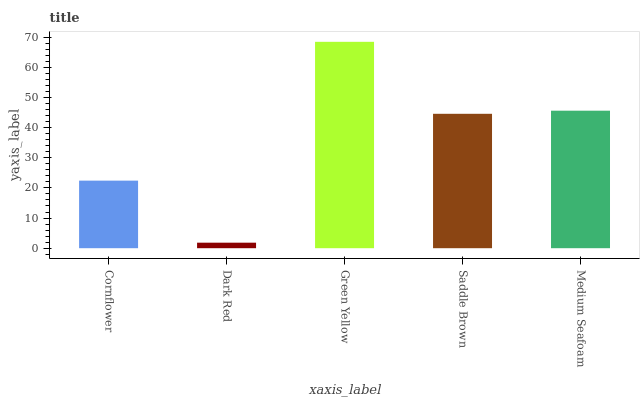
| xaxis_label | bars |
 | --- | --- |
 | Cornflower | 22.4 |
 | Dark Red | 1.83 |
 | Green Yellow | 68.4 |
 | Saddle Brown | 44.6 |
 | Medium Seafoam | 45.6 |